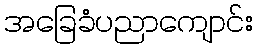
အခြေခံပညာကျောင်း